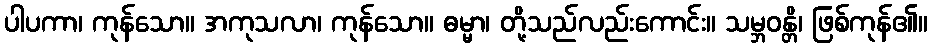
ပါပကာ၊ ကုန်သော။ အကုသလာ၊ ကုန်သော။ ဓမ္မာ၊ တို့သည်လည်းကောင်း။ သမ္ဘဝန္တိ၊ ဖြစ်ကုန်၏။